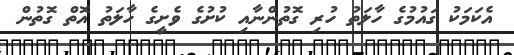
އެކަމަކު ގައުމުގެ ހާލަތު ހުރި ގޮތުންނާއި ކުށުގެ ވެށީގެ ހާލަތު އޮތް ގޮތުން